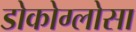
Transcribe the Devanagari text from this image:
डोकोग्लोसा